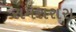
સમરારાસ